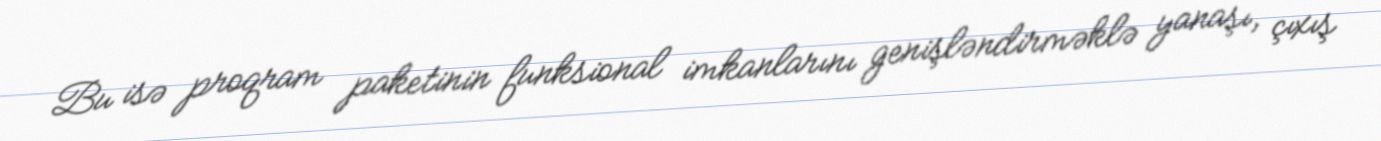
Bu isə proqram paketinin funksional imkanlarını genişləndirməklə yanaşı, çıxış